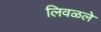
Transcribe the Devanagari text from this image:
लिवळले